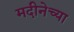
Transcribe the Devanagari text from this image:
मदीनेच्या